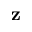
\textbf { z }